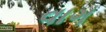
વાગ